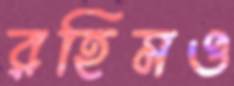
রহিমও